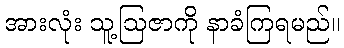
အားလုံး သူ့ဩဇာကို နာခံကြရမည်။